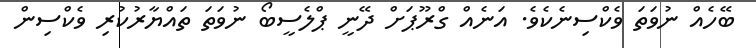
ބޭހެއް ނުވަތަ ވެކްސިނެކެވެ. އަނެއް ގްރޫޕަށް ދޭނީ ޕްލެސީބޯ ނުވަތަ ތައްޔާރުކުރި ވެކްސިން